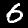
Digit: 6